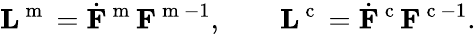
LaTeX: {\mathbf L}^{\mathrm{~m~}}=\dot{{\mathbf F}}^{\mathrm{~m~}}{\mathbf F}^{\mathrm{~m~}-1},\qquad{\mathbf L}^{\mathrm{~c~}}=\dot{{\mathbf F}}^{\mathrm{~c~}}{\mathbf F}^{\mathrm{~c~}-1}.